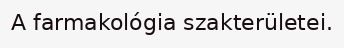
A farmakológia szakterületei.